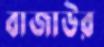
বাজাউর